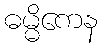
ဓမ္မိကေန